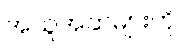
အယူအဆများကို